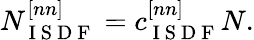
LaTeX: N_{\mathrm{~I~S~D~F~}}^{[nn]}=c_{\mathrm{~I~S~D~F~}}^{[nn]}N.